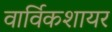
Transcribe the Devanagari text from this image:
वार्विकशायर